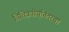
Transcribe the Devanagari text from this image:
विचित्रवीर्यानंतरचा